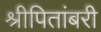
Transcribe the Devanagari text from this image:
श्रीपितांबरी